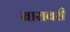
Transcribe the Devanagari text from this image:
बाराबरी